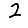
Digit: 2